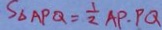
S _ { \Delta A P Q } = \frac { 1 } { 2 } A P \cdot P Q